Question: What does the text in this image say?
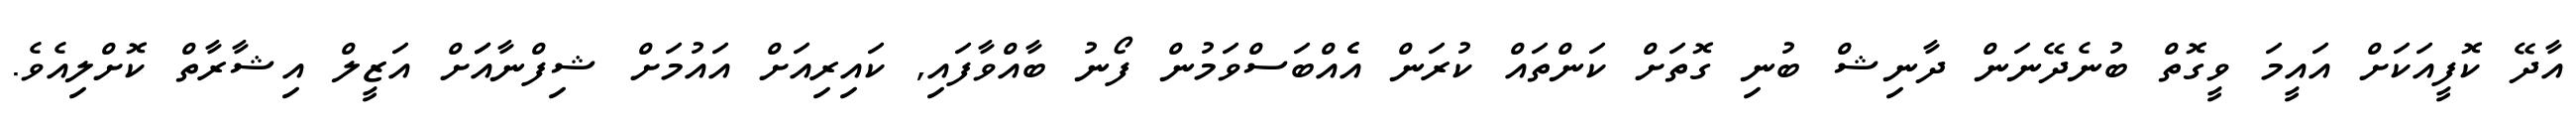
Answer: އާދޭ ކޮފީއަކަށް އައީމަ ވީގޮތް ބުނެދޭނަން ދާނިޝް ބުނި ގޮތަށް ކަންތައް ކުރަން އެެއްބަސްވަމުން ފޯނު ބާއްވާފައި, ކައިރިއަށް އައުމަށް ޝިފްނާއަަށް އަޒީލް އިޝާރާތް ކޮށްލިއެވެ.